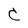
Character: C